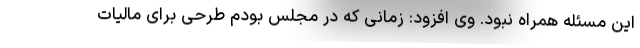
این مسئله همراه نبود. وی افزود: زمانی که در مجلس بودم طرحی برای مالیات